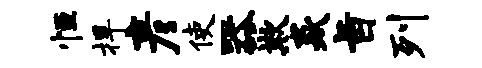
恒捍彦使器欺焱旨列